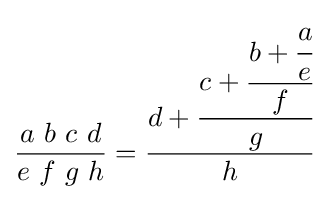
{\frac {a\ b\ c\ d}{e\ f\ g\ h}}={\dfrac {d+{\cfrac {c+{\cfrac {b+{\cfrac {a}{e}}}{f}}}{g}}}{h}}